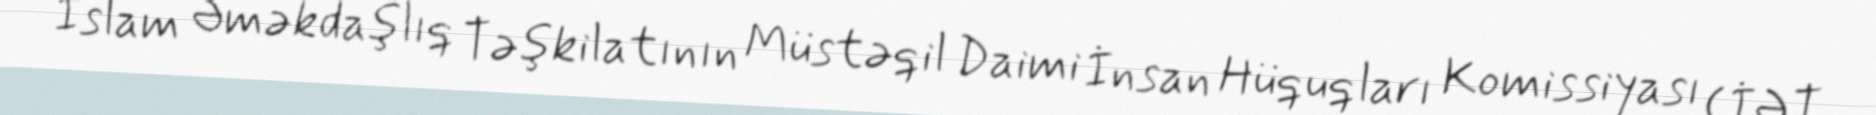
İslam Əməkdaşlıq Təşkilatının Müstəqil Daimi İnsan Hüquqları Komissiyası (İƏT